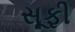
સૂફી